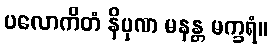
ပလောကိတံ နိပုဏ မနန္တ မက္ခရံ။